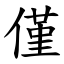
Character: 僅